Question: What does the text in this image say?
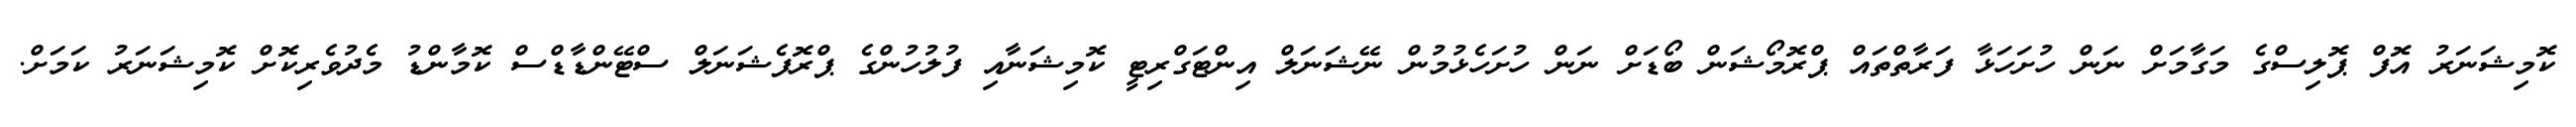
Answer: ކޮމިޝަނަރު އޮފް ޕޮލިސްގެ މަގާމަށް ނަން ހުށަހަޅާ ފަރާތްތައް ޕްރޮމޯޝަން ބޯޑަށް ނަން ހުށަހެޅުމުން ނޭޝަނަލް އިންޓަގްރިޓީ ކޮމިޝަނާއި ފުލުހުންގެ ޕްރޮފެޝަނަލް ސްޓޭންޑާޑްސް ކޮމާންޑު މެދުވެރިކޮށް ކޮމިޝަނަރު ކަމަށް.